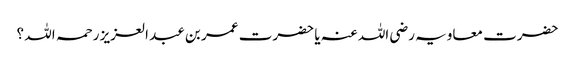
حضرت معاویہ رضی اللہ عنہ یا حضرت عمر بن عبد العزیز رحمہ اللہ ؟